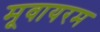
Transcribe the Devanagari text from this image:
मूवायरम